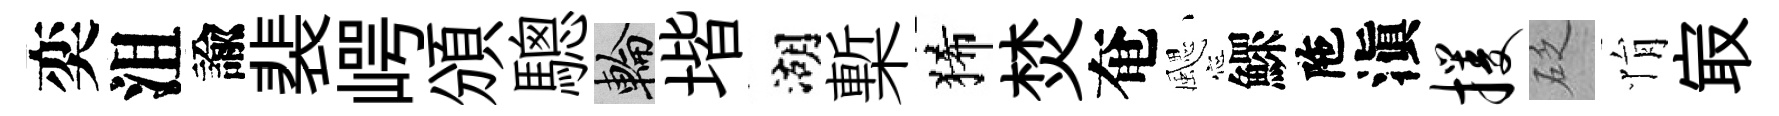
奕沮諭裴崿頒驄輪堦湖槧狶焚奄颸鰥陁滇攫砭悁㝡